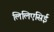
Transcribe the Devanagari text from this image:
लिलिएसिई